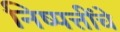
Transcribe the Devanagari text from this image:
निष्पत्तींचे